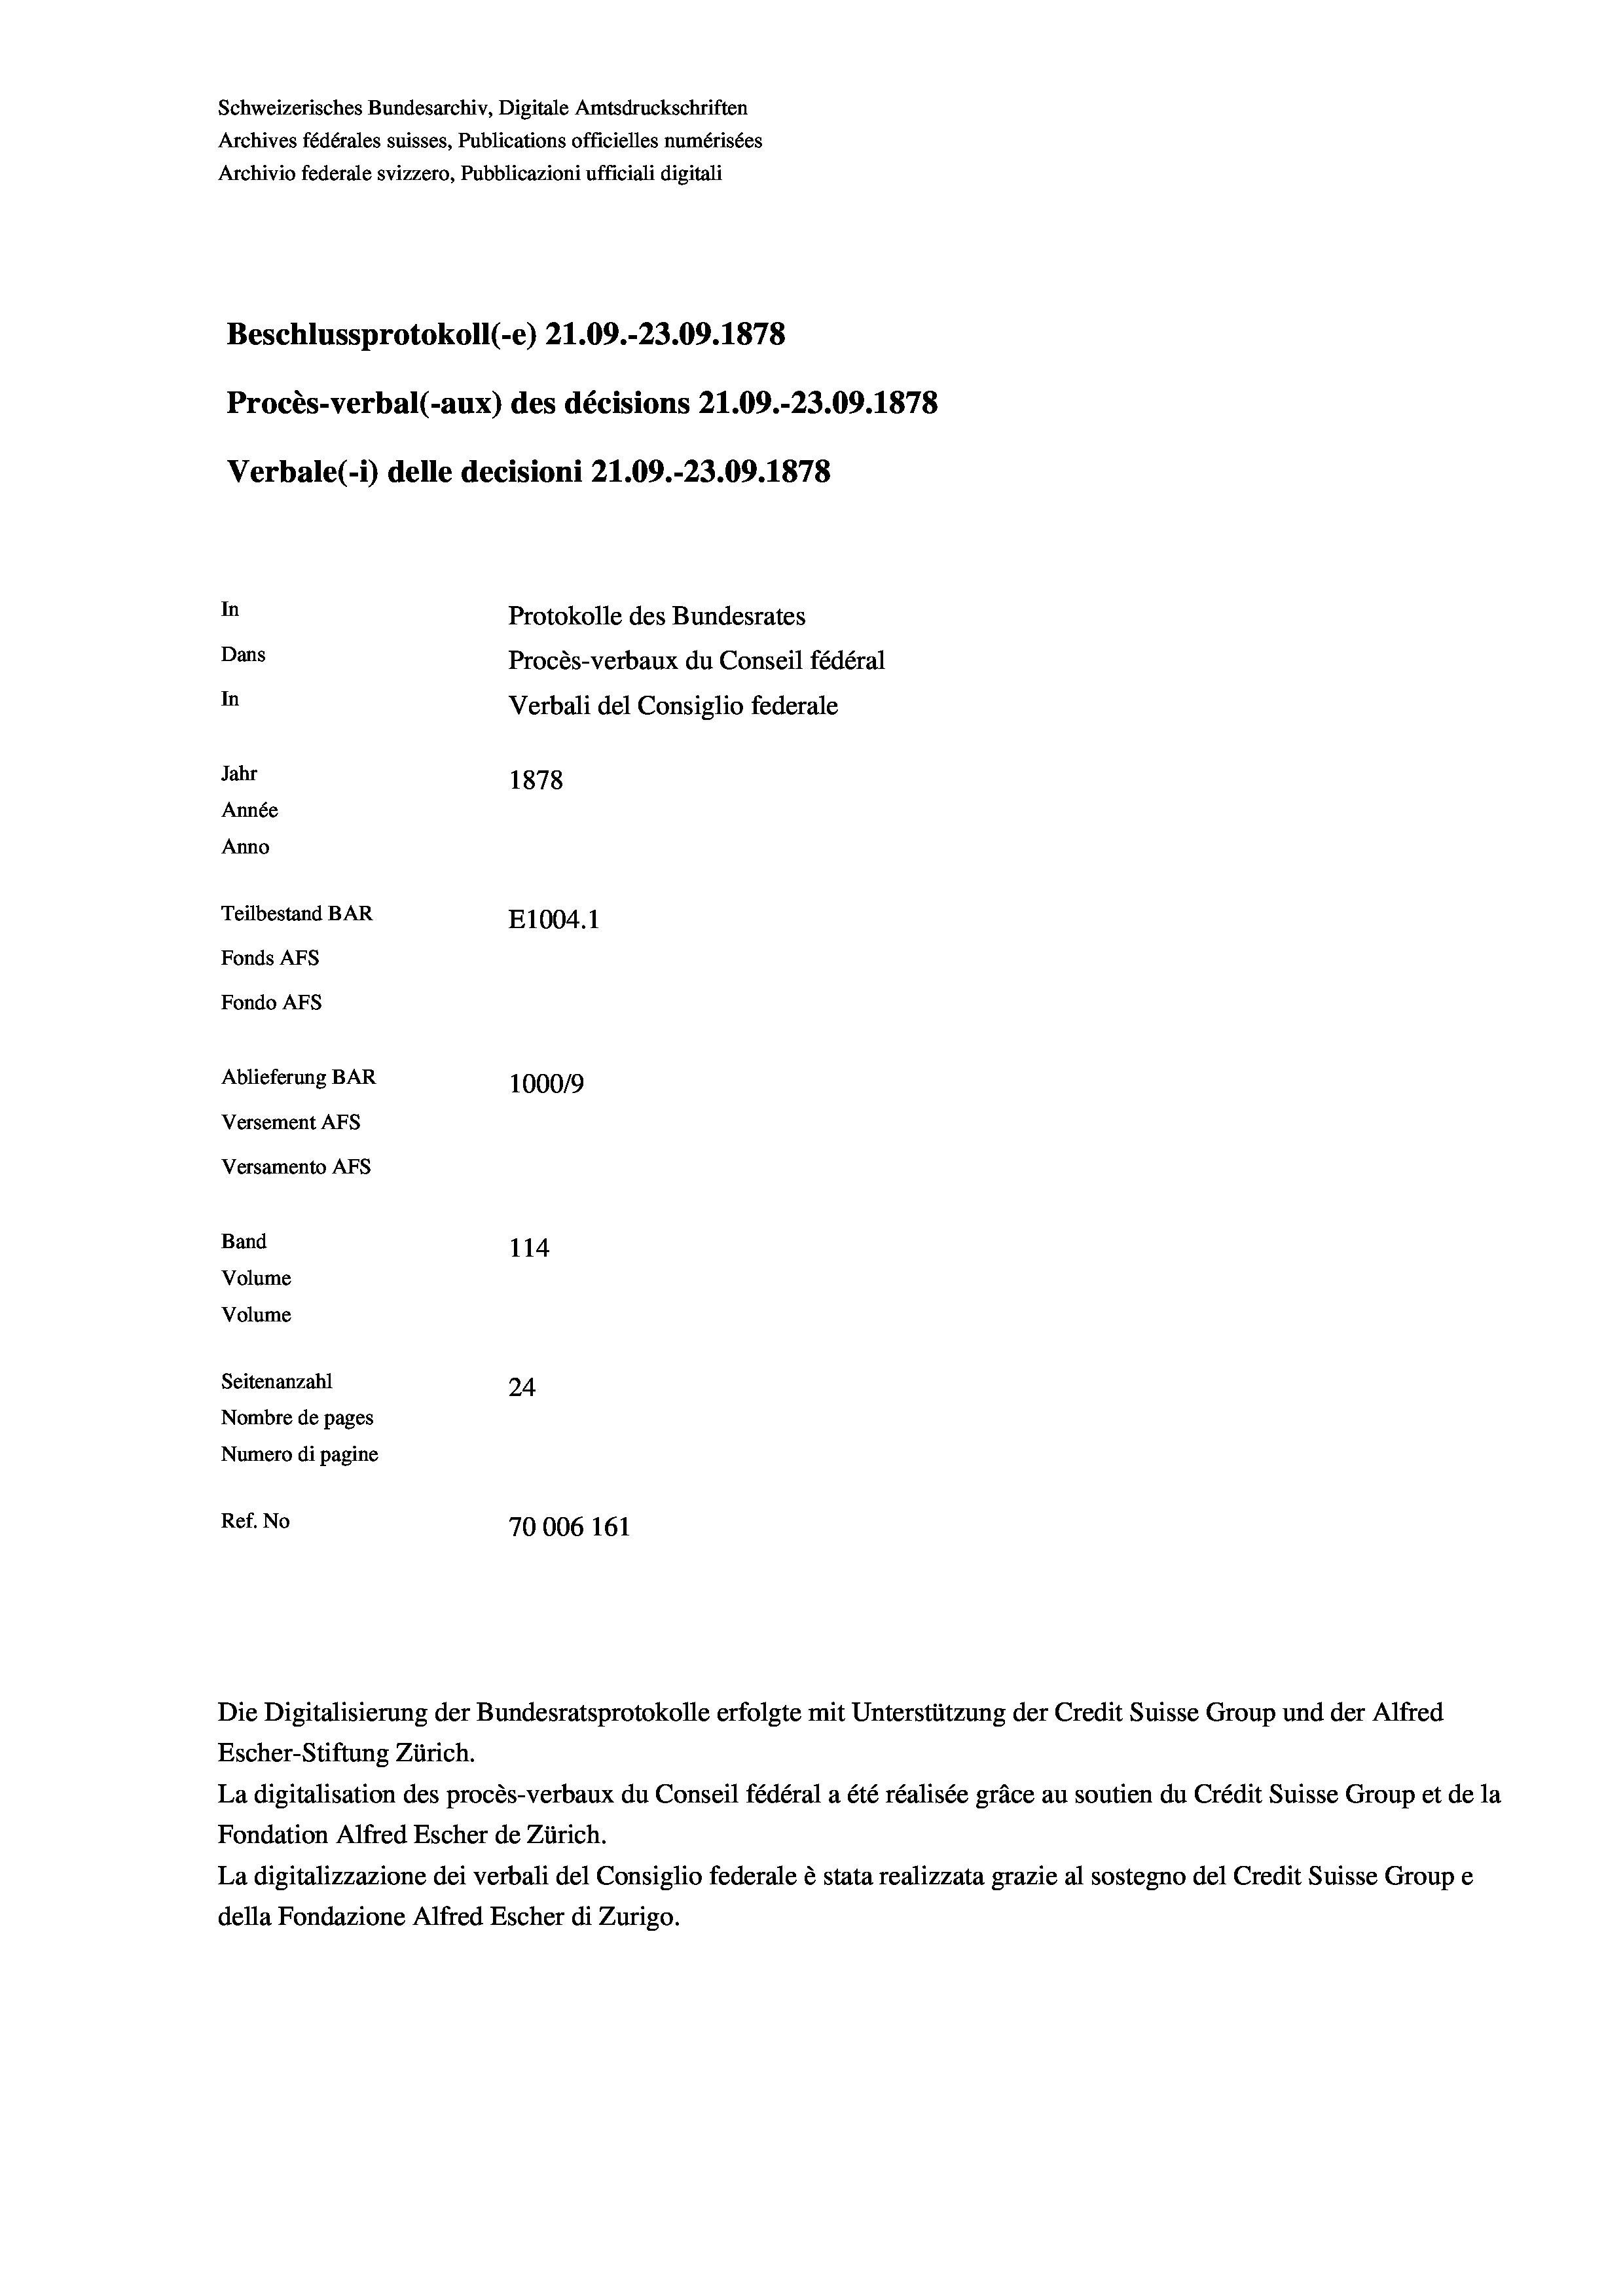
Schweizerisches Bundesarchiv, Digitale Amtsdruckschriften
Archives fédérales suisses, Publications officielles numérisées
Archivio federale svizzero, Pubblicazioni ufficiali digitali
Beschlussprotokoll (-e) 21.09.-23.09. 1878
Procès-verbal (-aux) des décisions 21.09.-23.09. 1878
Verbale(*) delle decisioni 21.09.-23.09. 1878
In
Protokolle des Bundesrates
Dans
Procès-verbaux du Conseil fédéral
In
Verbali del Consiglio federale
Jahr
1878
Année
Anno
Teilbestand BAR
E1004. 1
Fonds AFs
Fondo AFS
Ablieferung BAR
1000/9
Versement AFs
Versamento AFs
Band
114
Volume
Volume

Seitenanzahl
24
Nombre de pages
Numero di pagine
Ref. No
70006 161

Die Digitalisierung der Bundesratsprotokolle erfolgte mit Unterstützung der Credit Suisse Group und der Alfred

Escher-Stiftung Zürich.
La digitalisation des procès-verbaux du Conseil fédéral a été réalisée gräce au soutien du Crédit Suisse Group et de la
Fondation Alfred Escher de Zürich.
La digitalizzazione dei verbali del Consiglio federale è stata realizzata grazie al sostegno del Credit Suisse Groupe
della Fondazione Alfred Escher di Zurigo.